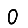
Digit: 0